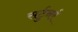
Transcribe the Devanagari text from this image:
सर्टुनर्र